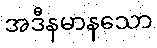
အဒီနမာနသော